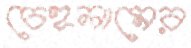
চেহলামের